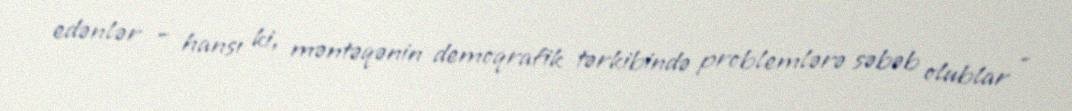
edənlər – hansı ki, məntəqənin demoqrafik tərkibində problemlərə səbəb olublar -